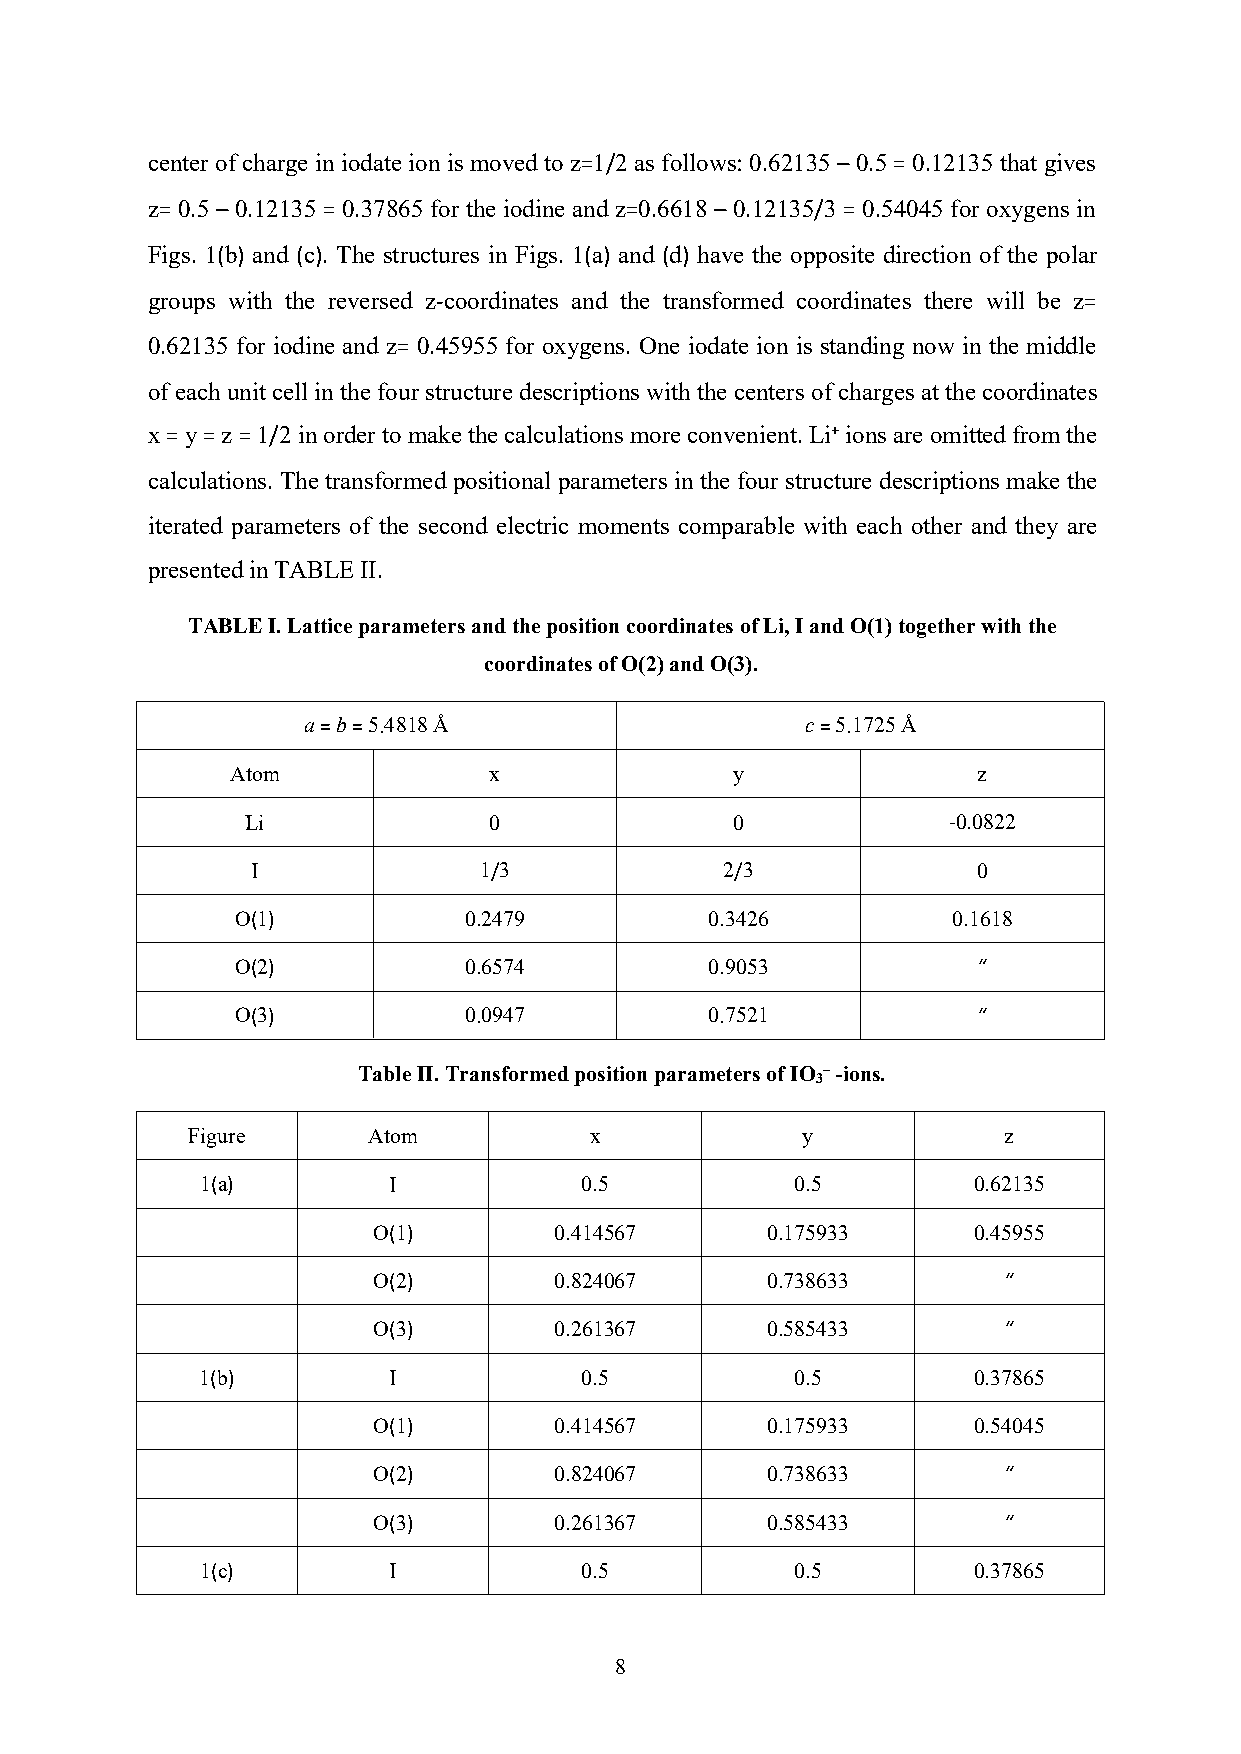
center ofcharge iniodate ion is moved to z=1/2as follows:0.62135– 0.5= 0.12135 that gives
 z= 0.5 – 0.12135 = 0.37865 for the iodine and z=0.6618 – 0.12135/3 = 0.54045 for oxygens in
 Figs. 1(b) and (c). The structures in Figs. 1(a) and (d) have the opposite direction of the polar
 groups with the reversed z-coordinates and the transformed coordinates there will be z=
 0.62135 for iodine and z= 0.45955 for oxygens. One iodate ion is standing now in the middle
 of each unit cell in the four structure descriptions with the centers of charges at thecoordinates
 x=y=z=1/2inordertomakethecalculationsmoreconvenient.Li+ionsareomittedfromthe
 calculations. The transformed positional parameters in the four structure descriptions make the
 iterated parameters of the second electric moments comparable with each other and they are
 presentedinTABLEII.
 TABLEI.LatticeparametersandthepositioncoordinatesofLi,IandO(1)togetherwiththe
 coordinatesofO(2)andO(3).
 a=b=5.4818Å                      c=5.1725Å
 Atom             x               y                z
 Li              0               0              -0.0822
 I              1/3             2/3              0
 O(1)           0.2479          0.3426          0.1618
 O(2)           0.6574          0.9053            “
 O(3)           0.0947          0.7521            “
 TableII.TransformedpositionparametersofIO –-ions.
 3
 Figure      Atom           x             y            z
 1(a)         I           0.5            0.5        0.62135
 O(1)        0.414567      0.175933     0.45955
 O(2)        0.824067      0.738633       “
 O(3)        0.261367      0.585433       “
 1(b)         I           0.5            0.5        0.37865
 O(1)        0.414567      0.175933     0.54045
 O(2)        0.824067      0.738633       “
 O(3)        0.261367      0.585433       “
 1(c)         I           0.5            0.5        0.37865
 8